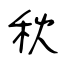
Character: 秋